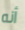
أنه